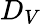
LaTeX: D_{V}